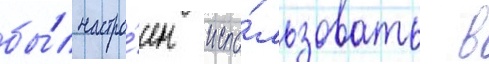
бы́л настро́ен испо́льзовать в